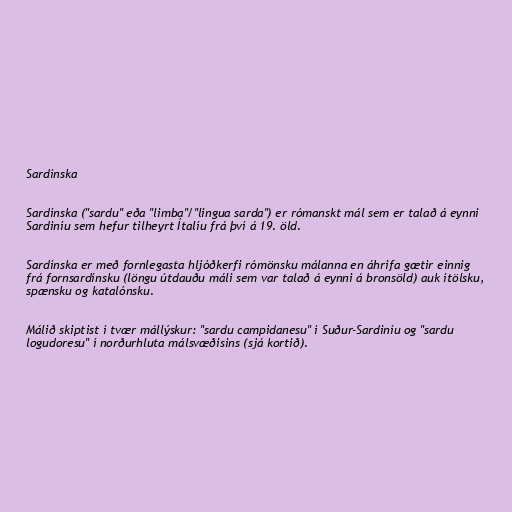
Sardínska

Sardínska ("sardu" eða "limba"/"lingua sarda") er rómanskt mál sem er talað á eynni
Sardiníu sem hefur tilheyrt Ítalíu frá því á 19. öld.

Sardínska er með fornlegasta hljóðkerfi rómönsku málanna en áhrifa gætir einnig
frá fornsardínsku (löngu útdauðu máli sem var talað á eynni á bronsöld) auk ítölsku,
spænsku og katalónsku.

Málið skiptist í tvær mállýskur: "sardu campidanesu" í Suður-Sardiníu og "sardu
logudoresu" í norðurhluta málsvæðisins (sjá kortið).